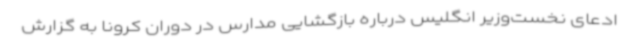
ادعای نخست‌وزیر انگلیس درباره بازگشایی مدارس در دوران کرونا به گزارش